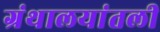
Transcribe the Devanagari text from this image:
ग्रंथालयांतली